Vabadussoja_Ajaloo_Komitee, lk 24
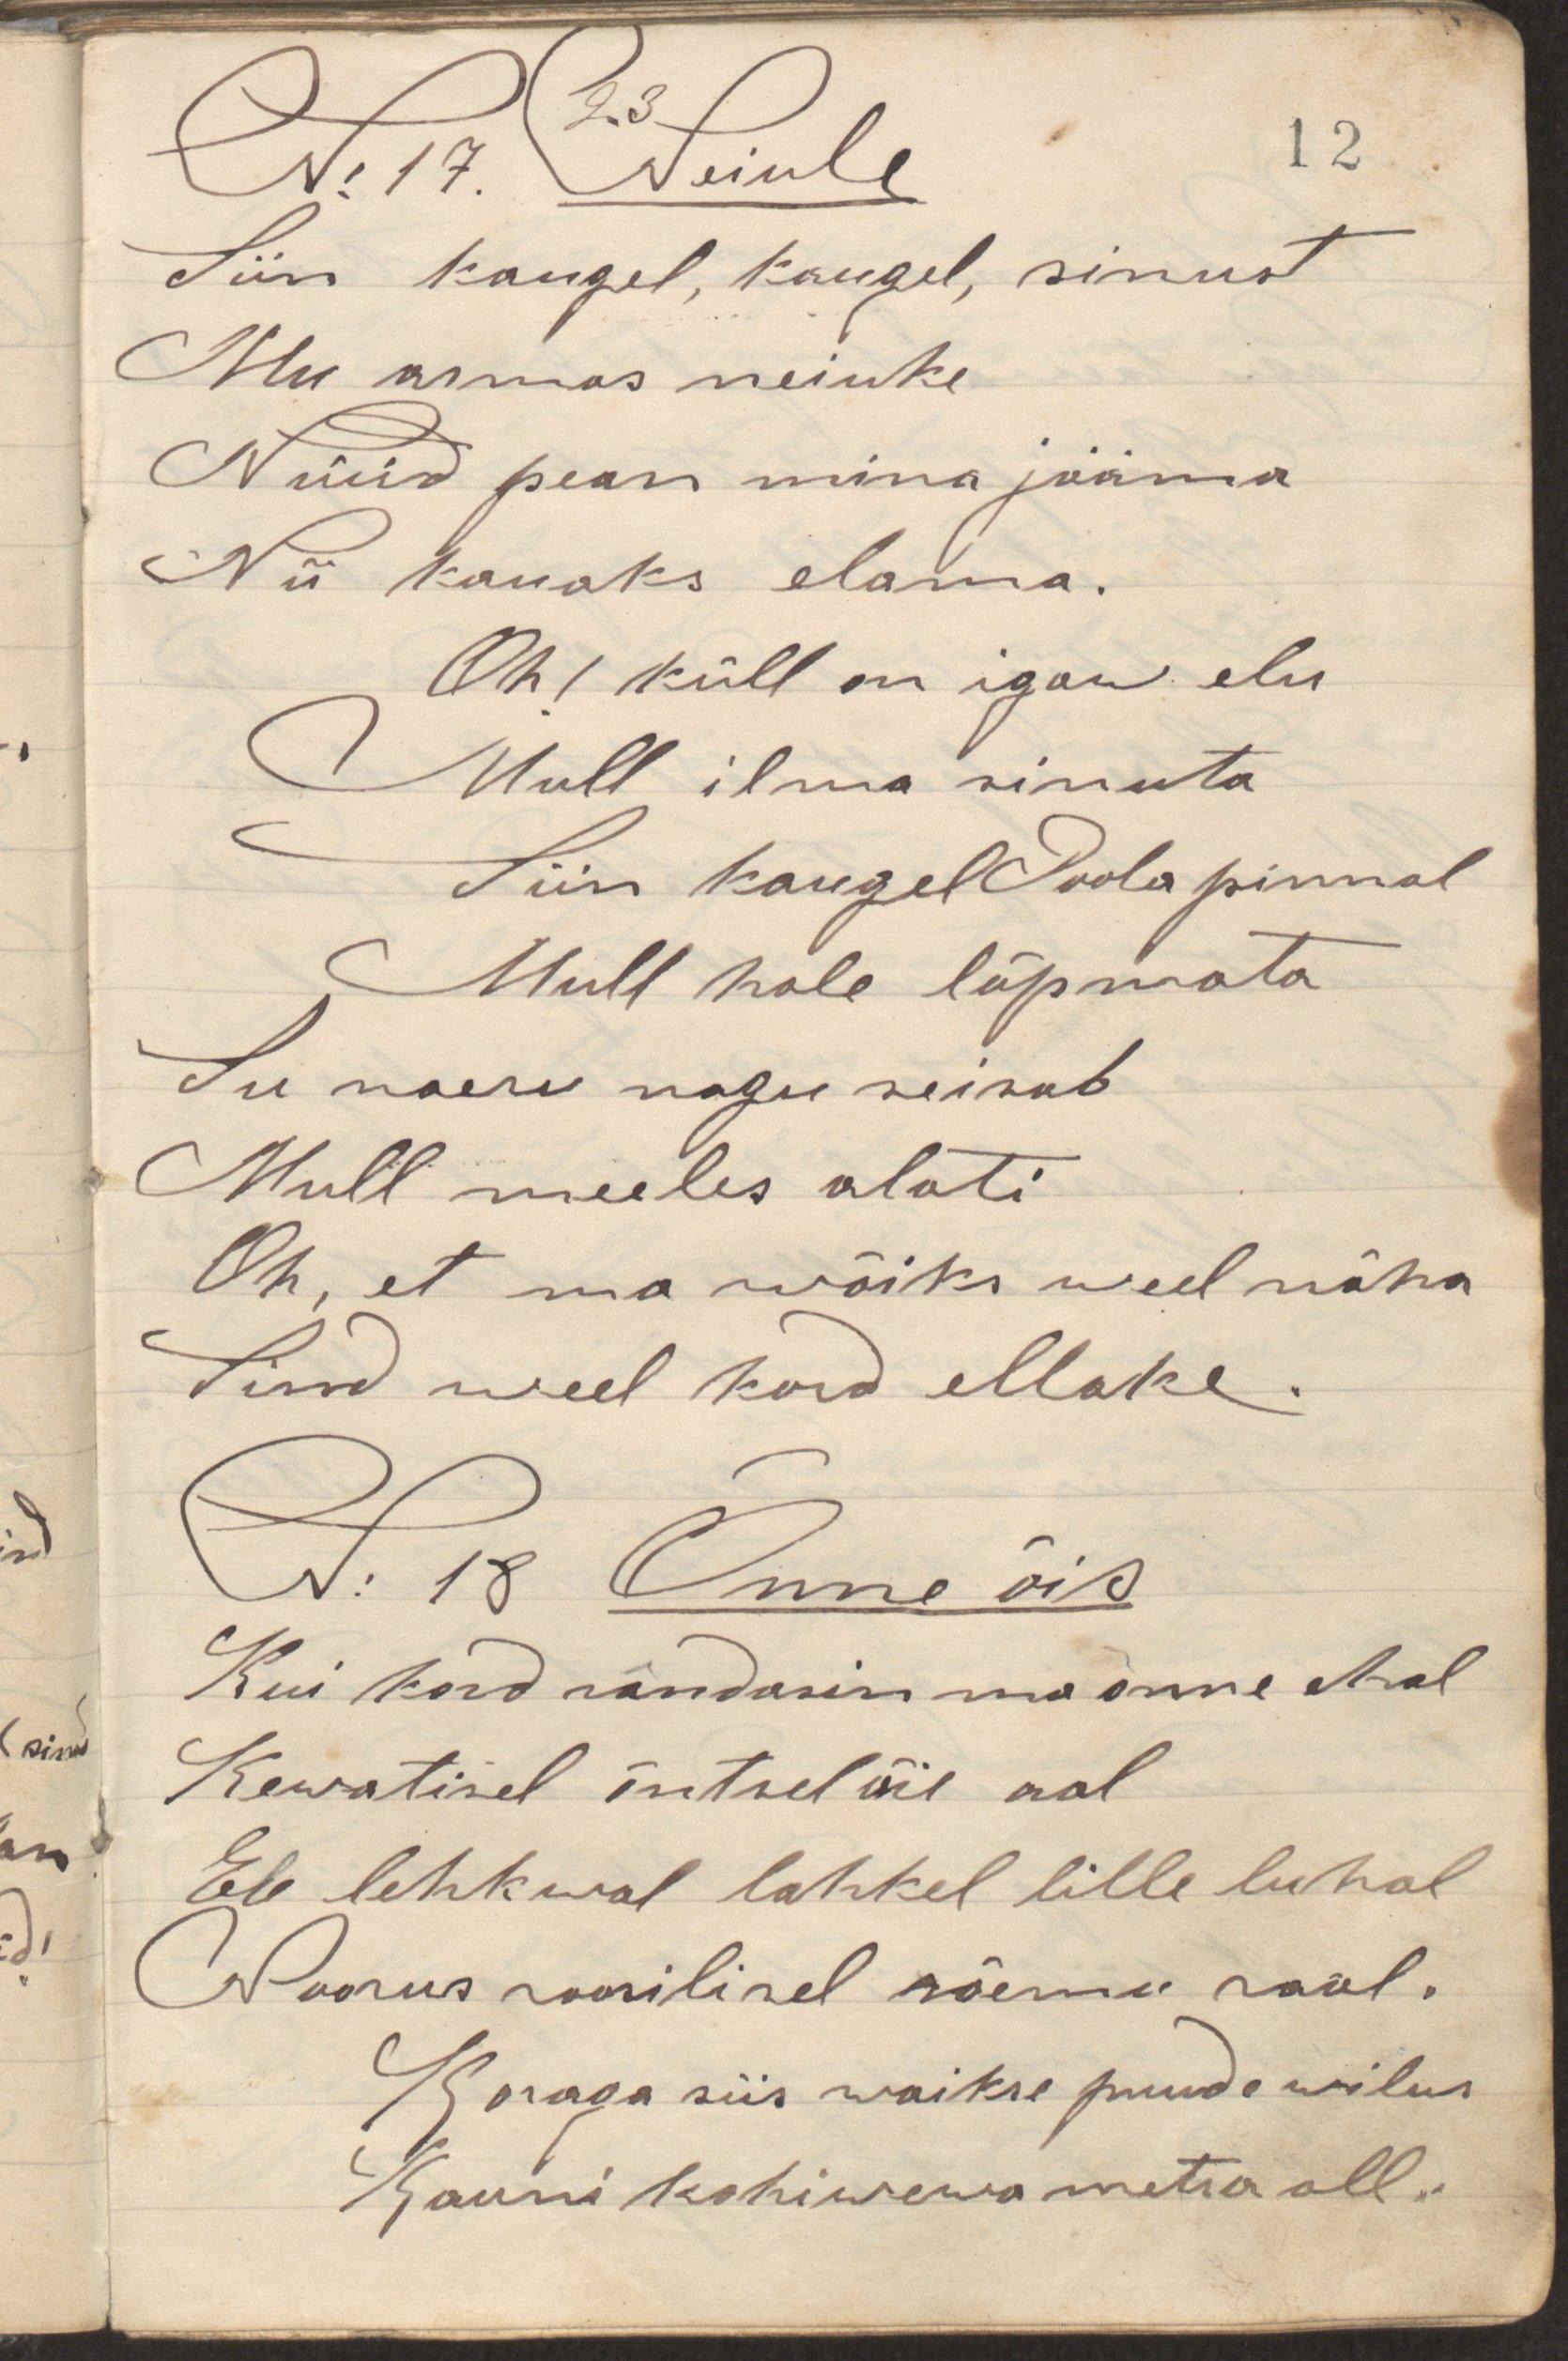
Siin kaugel, kaugel, sinust
Mu armas neiuke
Nüüd pean mina jääma
Nii kauaks elama.
Oh! küll on igaw elu
Mull ilma sinuta
Siin kaugel Poola pinnal
Mull hale lõpmata
Su naeru nagu seisab
Mull meeles alati
Oh, et ma wõiks weel näha
Sind weel kord ellake.
Kui kord rändasin ma õnne ehal
Kewatisel õntsel õie mal
Ehe lehkwal lahkel lille luhal
Noorus roosilisel rõemu raal.
Koraga siis waikse puude wilus
Kauni kohiwewa metsa all.
N: 17 Neiule
N: 18 Õnne õis